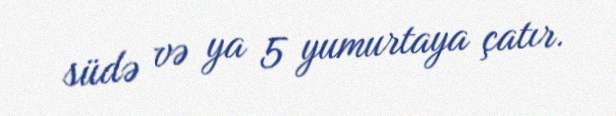
südə və ya 5 yumurtaya çatır.